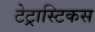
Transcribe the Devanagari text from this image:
टेट्रास्टिकस